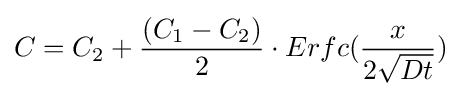
C=C_{2}+{\frac {(C_{1}-C_{2})}{2}}\cdot Erfc({\frac {x}{2{\sqrt {Dt}}}})